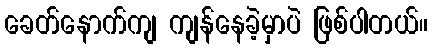
ခေတ်နောက်ကျ ကျန်နေခဲ့မှာပဲ ဖြစ်ပါတယ်။